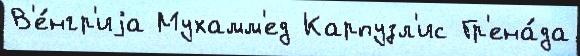
В'е́нгр'иjа Мухамм'ед Карпузл'ис Гр'ена́да